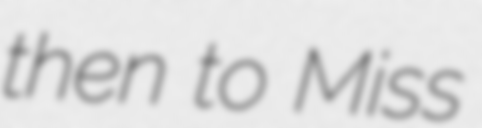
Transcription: then to Miss